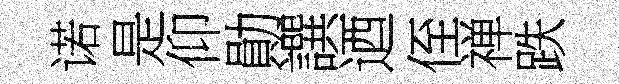
诺是仰勛譔迺侄禅跌